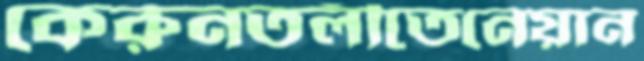
কেরুনতলীতেনেয়ান